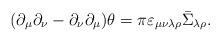
LaTeX: \begin{align*}(\partial_\mu\partial_\nu-\partial_\nu\partial_\mu)\theta=\pi\varepsilon_{\mu\nu\lambda\rho}\bar\Sigma_{\lambda\rho}.\end{align*}